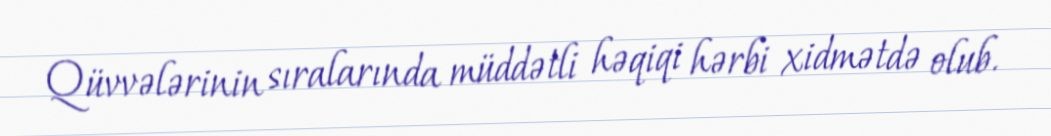
Qüvvələrinin sıralarında müddətli həqiqi hərbi xidmətdə olub.